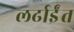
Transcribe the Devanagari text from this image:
लर्ढाईंत